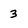
Character: 3